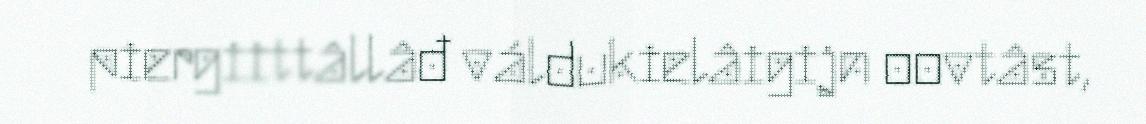
piergiittâllâđ váldukielâigijn oovtâst,